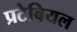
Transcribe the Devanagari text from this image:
प्रटेबियल